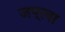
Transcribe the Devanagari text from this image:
जप्‌त्वा